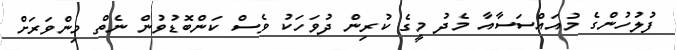
ފުލުހުންގެ މުއައްސަސާއާ މެދު މީގެ ކުރިން ދުވަހަކު ވެސް ކަންބޮޑުވުން ނެތް މިންވަރަށް